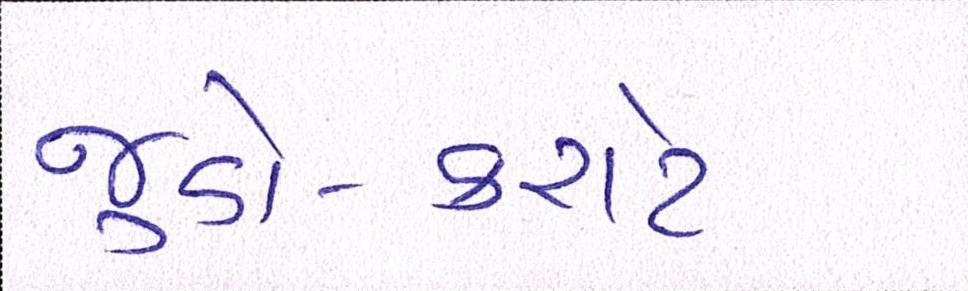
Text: જુડો-કરાટે